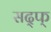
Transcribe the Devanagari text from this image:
सद्फ्